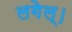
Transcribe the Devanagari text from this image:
लगेल्।